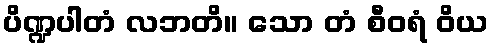
ပိဏ္ဍပါတံ လဘတိ။ သော တံ စီဝရံ ဝိယ